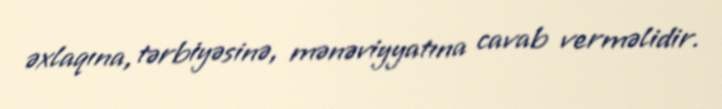
əxlaqına, tərbiyəsinə, mənəviyyatına cavab verməlidir.